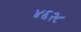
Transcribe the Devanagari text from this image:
४६२८